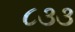
૮૩૩